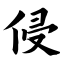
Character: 侵